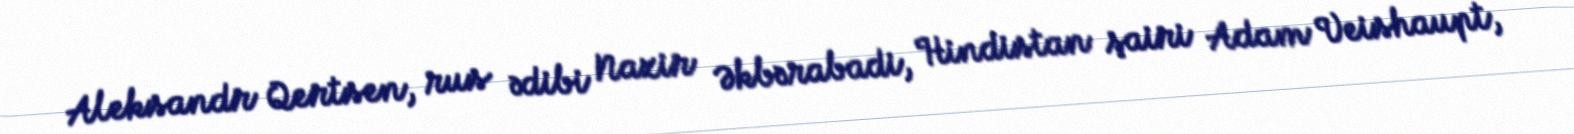
Aleksandr Qertsen, rus ədibi Nazir Əkbərabadi, Hindistan şairi Adam Veishaupt,